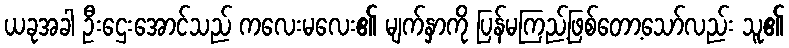
ယခုအခါ ဦးဌေးအောင်သည် ကလေးမလေး၏ မျက်နှာကို ပြန်မကြည့်ဖြစ်တော့သော်လည်း သူ၏